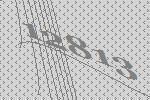
12813